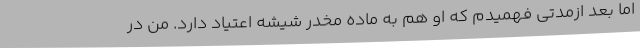
اما بعد ازمدتی فهمیدم که او هم به ماده مخدر شیشه اعتیاد دارد. من در